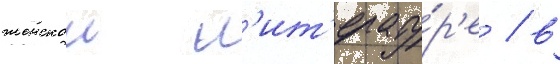
женскои л'ит'ерату́р'е / в